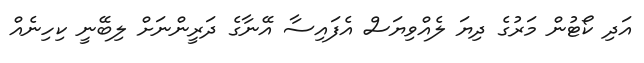
އަދި ކޯޓުން މަރުގެ ދިޔަ ލެއްވިޔަސް އެފައިސާ އޭނާގެ ދަރީންނަށް ލިބޭނީ ކިހިނެއް